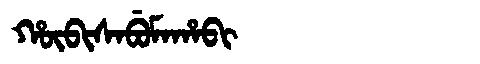
Manchu: ᡥᡡᠪᡳᠰᠠᠪᡠᠮᠠᡥᠠᠪᡳ
Romanization: HŪBISABUMAHABI